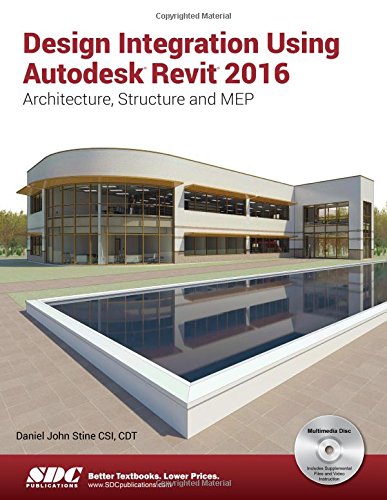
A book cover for Design Integration Using Autodesk Revit 2016; Daniel John Stine; Computers & Technology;